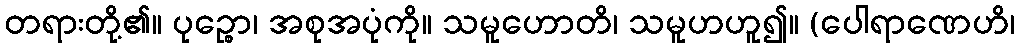
တရားတို့၏။ ပုဉ္စော၊ အစုအပုံကို။ သမူဟောတိ၊ သမူဟဟူ၍။ (ပေါရာဏေဟိ၊